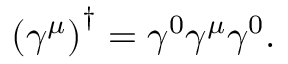
\left( \gamma ^ { \mu } \right) ^ { \dagger } = \gamma ^ { 0 } \gamma ^ { \mu } \gamma ^ { 0 } .